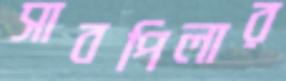
সাবপিলার